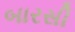
બારસી